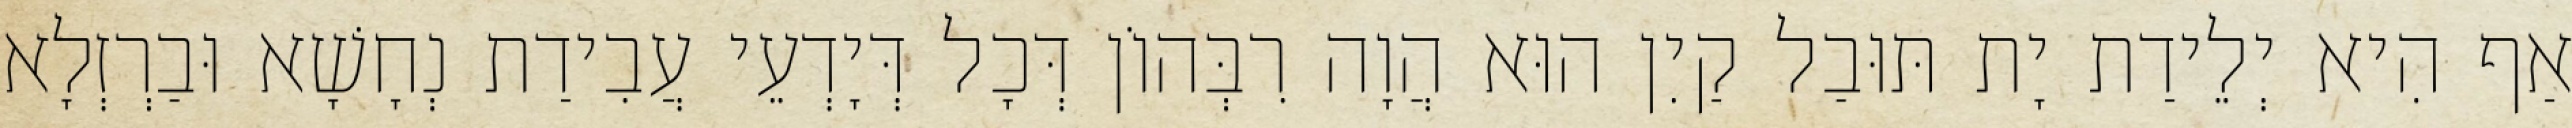
אַף הִיא יְלֵידַת יָת תּוּבַל קַיִן הוּא הֲוָה רִבְּהוֹן דְּכָל דְּיָדְעֵי עֲבִידַת נְחָשָׁא וּבַרְזְלָא